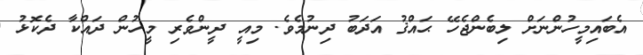
އެބައިމީހުންނަށް ލިބެންޖެހޭ ޙައްޤު އަދަބު ދިނުމެވެ. މިއީ ދީންވެރި މީހުން ދައްކާ ދެކޮޅު